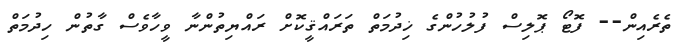
ތެރެއިން-- ފޮޓޯ ޕޮލިސް ފުލުހުންގެ ޚިދުމަތް ތަރައްޤީކޮށް ރައްޔިތުންނާ ވީހާވެސް ގާތުން ހިދުމަތް